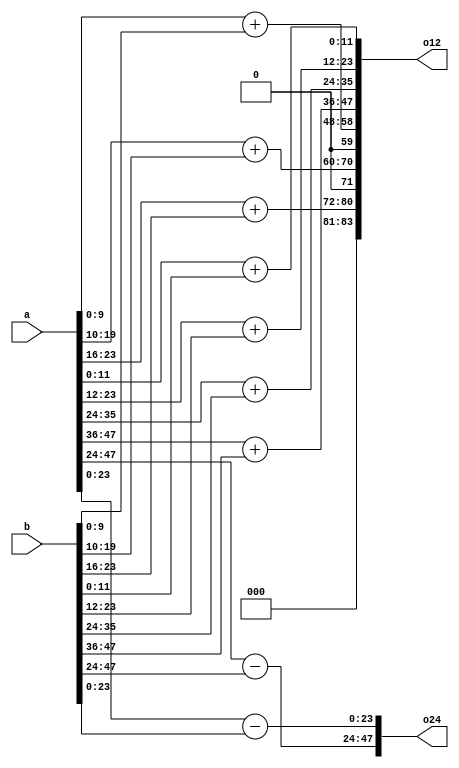
module simd(input [12*4-1:0] a, input [12*4-1:0] b, (* use_dsp="simd" *) output [7*12-1:0] o12, (* use_dsp="simd" *) output [2*24-1:0] o24);
generate
    genvar i;
    // 4 x 12-bit adder
    for (i = 0; i < 4; i++)
        assign o12[i*12+:12] = a[i*12+:12] + b[i*12+:12];
    // 2 x 24-bit subtract
    for (i = 0; i < 2; i++)
        assign o24[i*24+:24] = a[i*24+:24] - b[i*24+:24];
endgenerate
reg [3*12-1:0] ro;
always @* begin
    ro[0*12+:12] = a[0*10+:10] + b[0*10+:10];
    ro[1*12+:12] = a[1*10+:10] + b[1*10+:10];
    ro[2*12+:12] = a[2*8+:8] + b[2*8+:8];
end
assign o12[4*12+:3*12] = ro;
endmodule